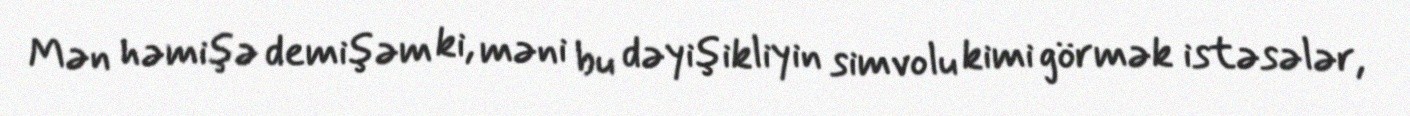
Mən həmişə demişəm ki, məni bu dəyişikliyin simvolu kimi görmək istəsələr,